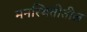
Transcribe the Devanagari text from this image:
मनस्थितीतील